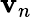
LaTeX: \mathbf{v}_{n}